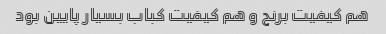
هم کیفیت برنج و هم کیفیت کباب بسیار پایین بود